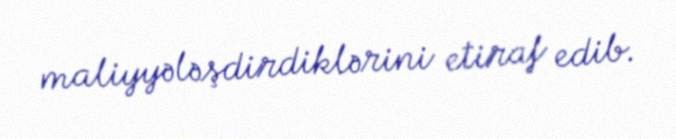
maliyyələşdirdiklərini etiraf edib.